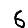
Digit: 6